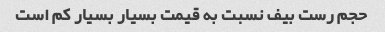
حجم رست بیف نسبت به قیمت بسیار بسیار کم است